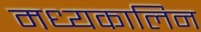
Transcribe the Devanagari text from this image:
मध्यकालिन